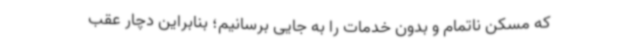
که مسکن ناتمام و بدون خدمات را به جایی برسانیم؛ بنابراین دچار عقب